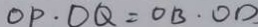
O P \cdot D Q = O B \cdot O D